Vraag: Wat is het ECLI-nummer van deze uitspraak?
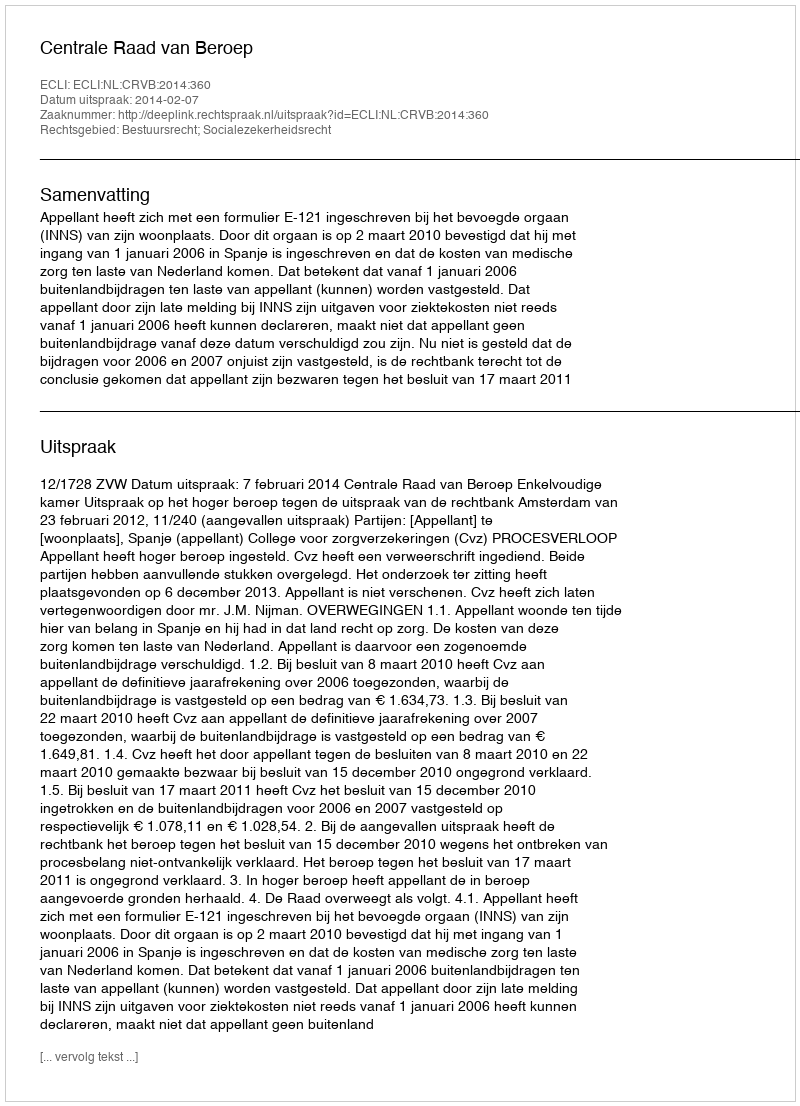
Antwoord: ECLI:NL:CRVB:2014:360